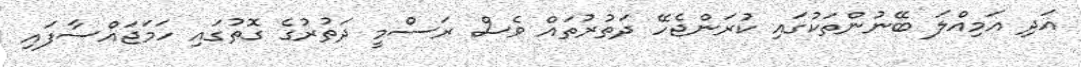
އަދި އަމިއްލަ ބޭނުންތަކުގައި ކުރަންޖެހޭ ދަތުރުތައް ވެސް ރަސްމީ ދަތުރުގެ ގޮތުގައި ހަމަޖައްސާފައި